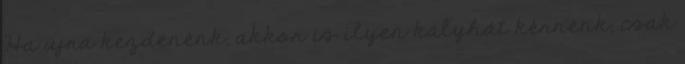
Ha újra kezdenénk, akkor is ilyen kályhát kérnénk, csak